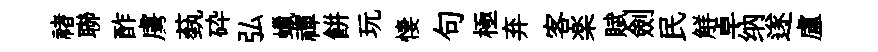
禇聯酢虜蓺砕弘蠟禪餅玩悽句極弃客楽賦劍民觧卓纳遂盧